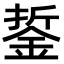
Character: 銴